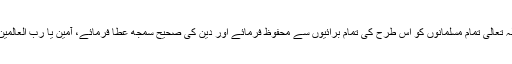
اللہ تعالیٰ تمام مسلمانوں کو اس طرح کی تمام برائیوں سے محفوظ فرمائے اور دین کی صحیح سمجھ عطا فرمائے، آمین یا رب العالمین!